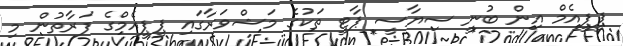
ޕީޕީއެމް އިން ބުނީ ސިޔާސީ ޕާޓީ ތަކުގެ މަޝްވަރާގައި ޕީޕީއެމްގެ ފަރާތުން މި